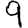
Digit: 9